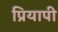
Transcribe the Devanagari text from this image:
प्रियापी